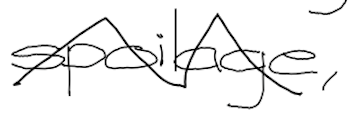
Text: spoilage,
Cross-out: zig-zag
Writing tool: digital_black